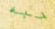
حبه